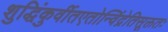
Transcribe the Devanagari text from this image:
शुद्धिंकुर्वीतएतोन्विंद्रेतिसूक्ततः